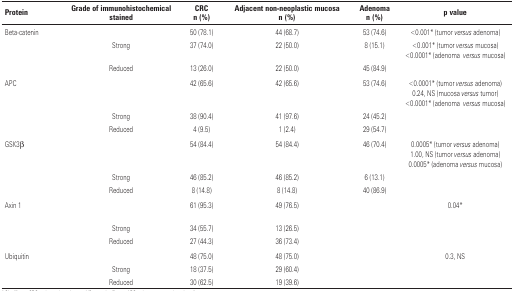
| <ROWSPAN=2> Protein | <ROWSPAN=2> Grade of immunohistochemical stained | CRC | Adjacent non-neoplastic mucosa | Adenoma | <ROWSPAN=2> p value |
 | n (%) | n (%) | n (%) |
 | --- | --- | --- | --- | --- | --- |
 | <ROWSPAN=3> Beta-catenin |  | 50 (78.1) | 44 (68.7) | 53 (74.6) | <0.001* (tumor versus adenoma) |
 | Strong | 37 (74.0) | 22 (50.0) | 8 (15.1) | <0.001* (tumor versus mucosa) <0.0001* (adenoma versus mucosa) |
 | Reduced | 13 (26.0) | 22 (50.0) | 45 (84.9) |  |
 | <ROWSPAN=3> APC |  | 42 (65.6) | 42 (65.6) | 53 (74.6) | <0.0001* (tumor versus adenoma) 0.24, NS (mucosa versus tumor) <0.0001* (adenoma versus mucosa) |
 | Strong | 38 (90.4) | 41 (97.6) | 24 (45.2) |  |
 | Reduced | 4 (9.5) | 1 (2.4) | 29 (54.7) |  |
 | <ROWSPAN=3> GSK3β |  | 54 (84.4) | 54 (84.4) | 46 (70.4) | 0.0005* (tumor versus adenoma) 1.00, NS (tumor versus adenoma) 0.0005* (adenoma versus mucosa) |
 | Strong | 46 (85.2) | 46 (85.2) | 6 (13.1) |  |
 | Reduced | 8 (14.8) | 8 (14.8) | 40 (86.9) |  |
 | <ROWSPAN=3> Axin 1 |  | 61 (95.3) | 49 (76.5) |  | 0.04* |
 | Strong | 34 (55.7) | 13 (26.5) |  |  |
 | Reduced | 27 (44.3) | 36 (73.4) |  |  |
 | <ROWSPAN=3> Ubiquitin |  | 48 (75.0) | 48 (75.0) |  | 0.3, NS |
 | Strong | 18 (37.5) | 29 (60.4) |  |  |
 | Reduced | 30 (62.5) | 19 (39.6) |  |  |